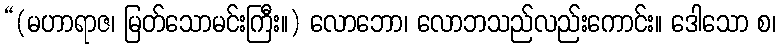
“(မဟာရာဇ၊ မြတ်သောမင်းကြီး။) လောဘော၊ လောဘသည်လည်းကောင်း။ ဒေါသော စ၊